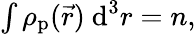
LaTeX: \begin{array}{r}{\int\rho_{\textrm{p}}(\vec{r})~\textrm{d}^{3}r=n,}\end{array}